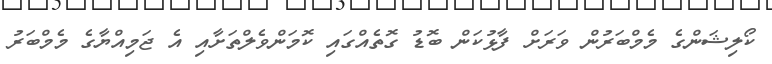
ކޯލިޝަންގެ މެމްބަރުން ވަރަށް ފާޅުކަން ބޮޑު ގޮތެއްގައި ކޮމަންވެލްތަށާއި އެ ޖަމިއްޔާގެ މެމްބަރު